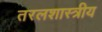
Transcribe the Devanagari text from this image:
तरलशास्त्रीय